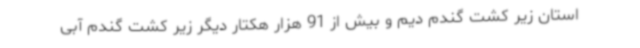
استان زیر کشت گندم دیم و بیش از 91 هزار هکتار دیگر زیر کشت گندم آبی